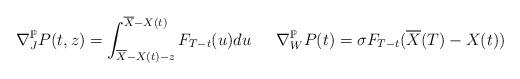
LaTeX: \begin{align*}\nabla_J^{\mathbb{P}} P(t,z) = \int_{\overline{X}-X(t) - z}^{\overline{X}-X(t)}F_{T-t}(u) du & & \nabla_W^\mathbb{P} P(t) = \sigma F_{T-t}(\overline{X}(T)-X(t))\end{align*}